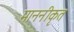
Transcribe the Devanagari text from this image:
माननीकृत